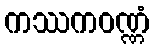
ကဿကဝဏ္ဏံ